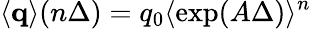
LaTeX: \langle{\mathbf q}\rangle(n\Delta)=q_{0}\langle\exp(A\Delta)\rangle^{n}\,